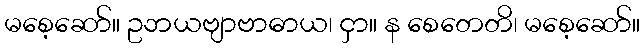
မစေ့ဆော်။ ဥဘယဗျာဗာဓာယ၊ ငှာ။ န စေတေတိ၊ မစေ့ဆော်။